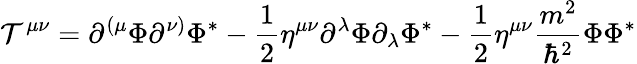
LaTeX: \mathcal{T}^{\mu\nu}=\partial^{(\mu}\Phi\partial^{\nu)}\Phi^{*}-\frac{1}{2}\eta^{\mu\nu}\partial^{\lambda}\Phi\partial_{\lambda}\Phi^{*}-\frac{1}{2}\eta^{\mu\nu}\frac{{m^{2}}}{{\hbar^{2}}}\Phi\Phi^{*}